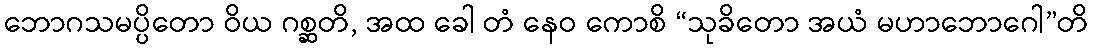
ဘောဂသမပ္ပိတော ဝိယ ဂစ္ဆတိ, အထ ခေါ တံ နေဝ ကောစိ “သုခိတော အယံ မဟာဘောဂေါ”တိ